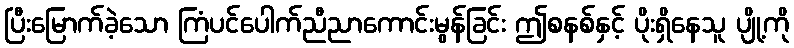
ပြီးမြောက်ခဲ့သော ကြံပင်ပေါက်ညီညာကောင်းမွန်ခြင်း ဤစနစ်နှင့် ပိုးရှိနေသူ ပျို့ကို